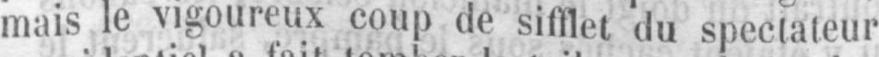
mais le vigoureux coup de sifflet du spectateur